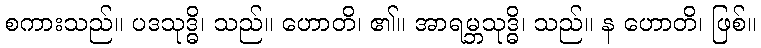
စကားသည်။ ပဒသုဒ္ဓိ၊ သည်။ ဟောတိ၊ ၏။ အာရမ္ဘသုဒ္ဓိ၊ သည်။ န ဟောတိ၊ ဖြစ်။